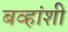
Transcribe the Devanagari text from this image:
बव्हांशी